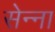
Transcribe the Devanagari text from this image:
सेन्‍ना